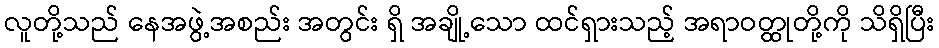
လူတို့သည် နေအဖွဲ့အစည်း အတွင်း ရှိ အချို့သော ထင်ရှားသည့် အရာဝတ္ထုတို့ကို သိရှိပြီး